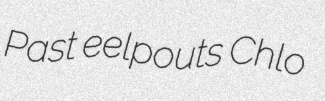
Past eelpouts Chlo